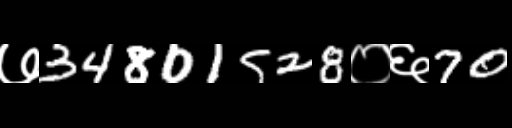
Text: ७34801528०६70